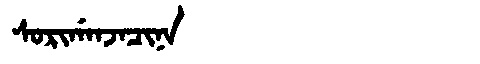
Manchu: ᠰᠣᡵᡳᡤᠠᠨᠵᠠᠴᡳᠨᠠ
Romanization: SORIGANJACINA